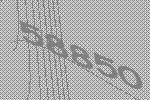
58850